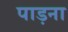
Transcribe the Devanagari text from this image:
पाड़ना